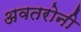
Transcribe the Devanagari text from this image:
अवतरोनी